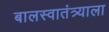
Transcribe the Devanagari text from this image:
बालस्वातंत्र्याला